system: You are a helpful assistant.
user:
Analyze the provided spectrum to determine if it is a **"Cataclysmic Variables (CV)"**.

- **Key Indicators for CV (Check for either state):**
    - **State 1: Quiescent / Low-State (Emission-Dominated)**
        - **(Primary):** Strong and *very broad* Hydrogen Balmer emission lines (e.g., $H\alpha$ at 6563 Å, $H\beta$ at 4861 Å). The 'broadness' (high velocity dispersion, often FWHM > 1000 km/s) is the key diagnostic, indicating a high-velocity accretion disk.
        - **(Secondary):** Broad neutral Helium (He I) emission lines (e.g., 5876 Å, 6678 Å).
        - **(Key Confirmation):** Presence of high-excitation *ionized* Helium (He II) emission at 4686 Å. This is a strong indicator of accretion onto a white dwarf.
        - **(Line Profile):** Emission lines may exhibit a 'double-peaked' profile, which is a classic signature of a rotating accretion disk viewed at high inclination.

    - **State 2: Outburst / High-State (Absorption-Dominated)**
        - **(Primary):** Spectrum is dominated by a bright, blue continuum (looks like a hot star).
        - **(Secondary):** The emission lines from State 1 are weak, absent, or 'filled in', and are replaced by broad, shallow *absorption* lines (primarily Balmer and He I).
        - **(Morphology):** The overall spectrum mimics a hot B/A-type star. The crucial difference is that the absorption lines are significantly broader, shallower, and more 'washed-out' (or 'smeared') than the sharp lines of a normal stellar photosphere, due to high rotational speeds and pressure broadening in the disk.

Think first, call **spectral_visualization_tool** if needed to examine features in detail, then provide your final answer. Your response must adhere to the following strict rules:
1.  **Overall Structure:** Your response must follow the format `<think>...</think> <tool_call>...</tool_call> (if a tool is used) <answer>...</answer>`.
2.  **Tool Usage Constraint:** You may only make **one** tool call per turn.
3.  **Final Answer Format:** In the `<answer>` tag, your conclusion must be inside a `\boxed{}` command (e.g., `\boxed{YES}`), followed by your justification.

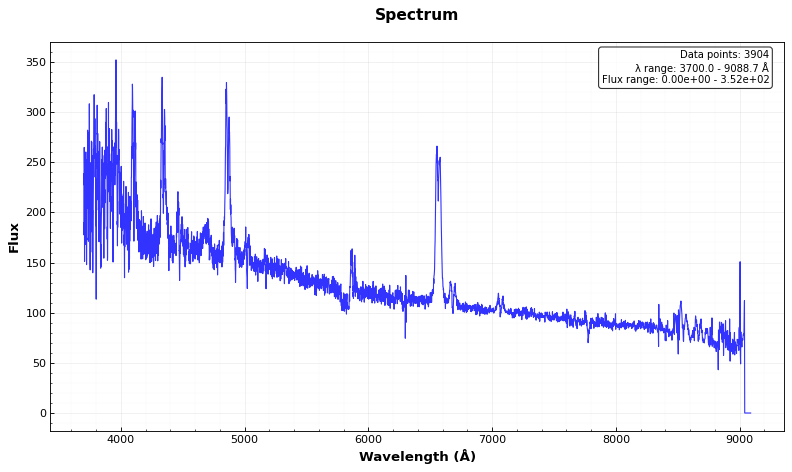
Answer: YES